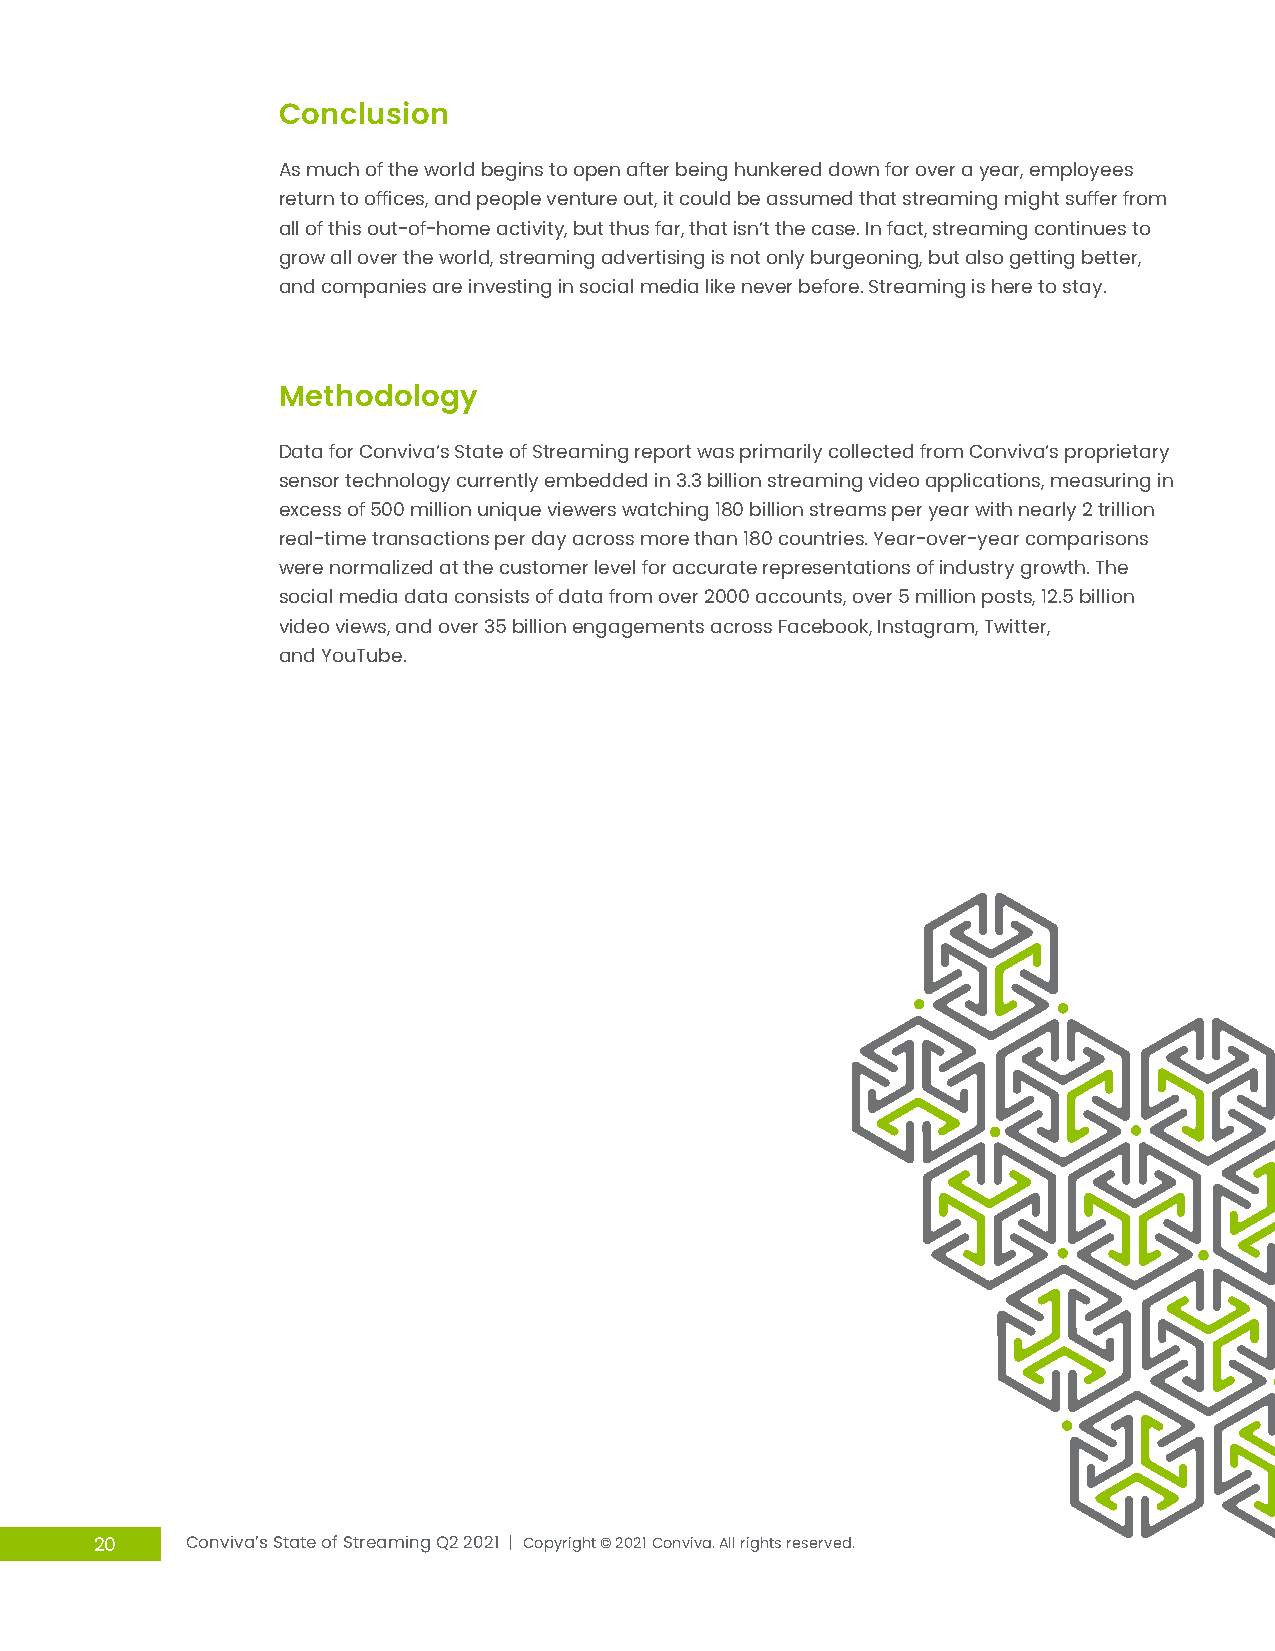
Conclusion
 As much of the world begins to open after being hunkered down for over a year, employees
 return to offices, and people venture out, it could be assumed that streaming might suffer from
 all of this out-of-home activity, but thus far, that isn’t the case. In fact, streaming continues to
 grow all over the world, streaming advertising is not only burgeoning, but also getting better,
 and companies are investing in social media like never before. Streaming is here to stay.
 Methodology
 Data for Conviva’s State of Streaming report was primarily collected from Conviva’s proprietary
 sensor technology currently embedded in 3.3 billion streaming video applications, measuring in
 excess of 500 million unique viewers watching 180 billion streams per year with nearly 2 trillion
 real-time transactions per day across more than 180 countries. Year-over-year comparisons
 were normalized at the customer level for accurate representations of industry growth. The
 social media data consists of data from over 2000 accounts, over 5 million posts, 12.5 billion
 video views, and over 35 billion engagements across Facebook, Instagram, Twitter,
 and YouTube.
 20    Conviva’s State of Streaming Q2 2021 | Copyright © 2021 Conviva. All rights reserved.